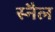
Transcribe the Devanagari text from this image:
स्नैल